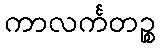
ကာလင်္ကတဉ္စ